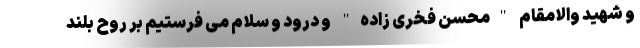
و شهید والامقام "محسن فخری زاده" و درود و سلام می فرستیم بر روح بلند